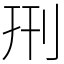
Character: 𠛬